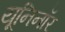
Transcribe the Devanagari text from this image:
यूनिनॉर